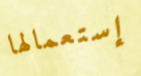
إستعمالها